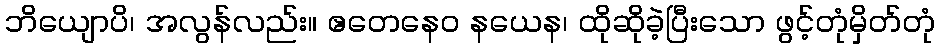
ဘိယျောပိ၊ အလွန်လည်း။ ဧတေနေဝ နယေန၊ ထိုဆိုခဲ့ပြီးသော ဖွင့်တုံမှိတ်တုံ